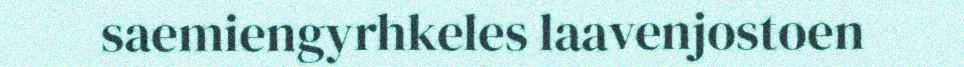
saemiengyrhkeles laavenjostoen